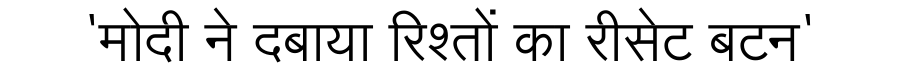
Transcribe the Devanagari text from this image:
'मोदी ने दबाया रिश्तों का रीसेट बटन'